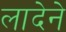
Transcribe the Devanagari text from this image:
लादेने